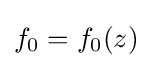
f_{0}=f_{0}(z)